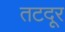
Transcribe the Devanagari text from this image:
तटदूर